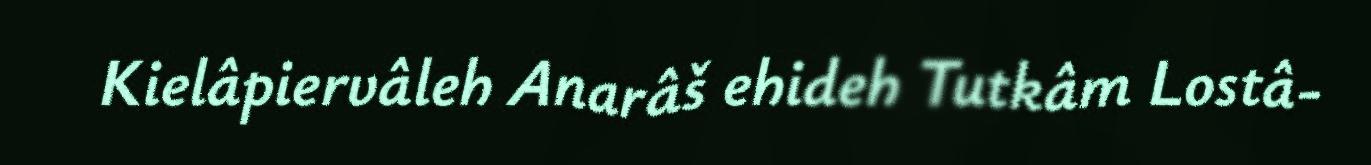
Kielâpiervâleh Anarâš ehideh Tutkâm Lostâ-